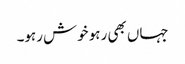
جہاں بھی رہو خوش رہو۔